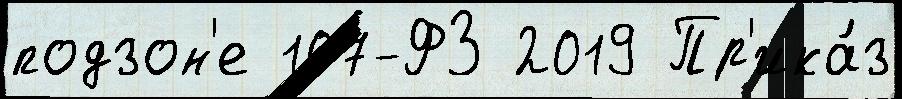
подзон'е 107-ФЗ 2019 Пр'ика́з